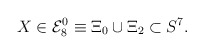
\begin{align*}X \in {\cal E}_{8}^{0} \equiv \Xi_{0} \cup \Xi_{2} \subset S^{7}.\end{align*}